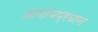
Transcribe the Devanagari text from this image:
आशयप्रधान